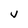
Character: V